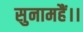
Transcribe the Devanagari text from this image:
सुनामहैं।।